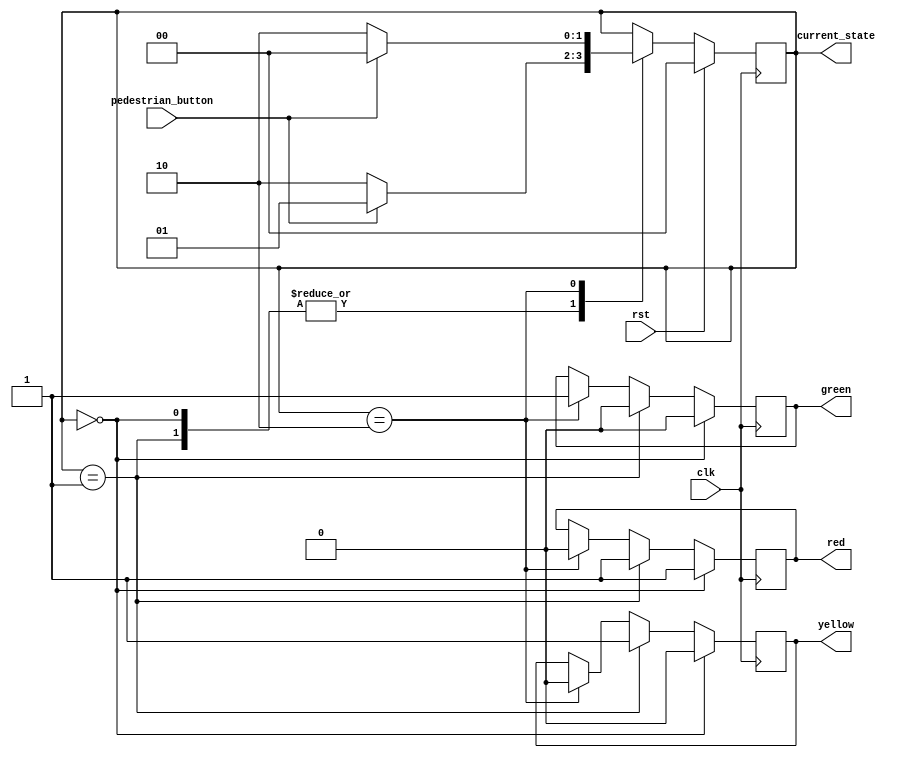
module TrafficLightController(
  input clk,
  input rst,
  input pedestrian_button,
  output reg [1:0] current_state,
  output reg red,
  output reg green,
  output reg yellow
);

  always @(posedge clk) begin
    if (rst) begin
      current_state <= 0;
    end else begin
      case (current_state)
        0: begin // Red
          if (pedestrian_button) begin
            current_state <= 1;
          end else begin
            current_state <= 2;
          end
        end
        1: begin // Yellow
          if (pedestrian_button) begin
            current_state <= 1;
          end else begin
            current_state <= 2;
          end
        end
        2: begin // Green
          if (pedestrian_button) begin
            current_state <= 0;
          end else begin
            current_state <= 2;
          end
        end
      endcase
    end
  end

  always @(posedge clk) begin
    if (current_state == 0) begin
      red <= 1;
      green <= 0;
      yellow <= 0;
    end else if (current_state == 1) begin
      red <= 1;
      green <= 0;
      yellow <= 1;
    end else if (current_state == 2) begin
      red <= 0;
      green <= 1;
      yellow <= 0;
    end
  end

endmodule